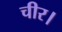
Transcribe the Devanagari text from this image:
चीर।